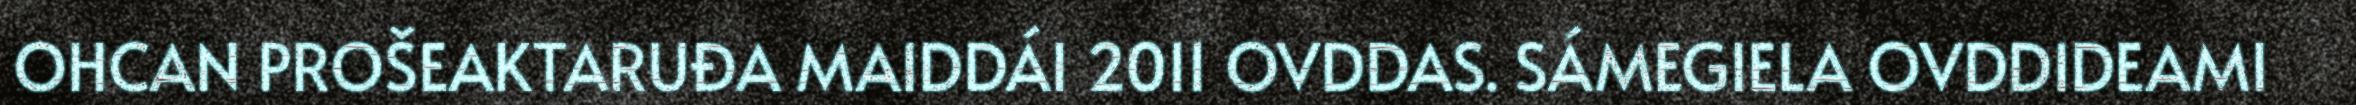
OHCAN PROŠEAKTARUĐA MAIDDÁI 2011 OVDDAS. SÁMEGIELA OVDDIDEAMI